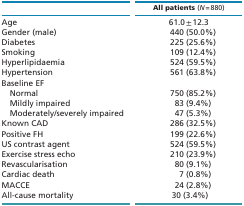
<table><thead><tr><td></td><td><b>All patients (<i>N</i> = 880)</b></td></tr></thead><tbody><tr><td>Age</td><td>61.0 ± 12.3</td></tr><tr><td>Gender (male)</td><td>440 (50.0%)</td></tr><tr><td>Diabetes</td><td>225 (25.6%)</td></tr><tr><td>Smoking</td><td>109 (12.4%)</td></tr><tr><td>Hyperlipidaemia</td><td>524 (59.5%)</td></tr><tr><td>Hypertension</td><td>561 (63.8%)</td></tr><tr><td>Baseline EF</td><td></td></tr><tr><td> Normal</td><td>750 (85.2%)</td></tr><tr><td> Mildly impaired</td><td>83 (9.4%)</td></tr><tr><td> Moderately/severely impaired</td><td>47 (5.3%)</td></tr><tr><td>Known CAD</td><td>286 (32.5%)</td></tr><tr><td>Positive FH</td><td>199 (22.6%)</td></tr><tr><td>US contrast agent</td><td>524 (59.5%)</td></tr><tr><td>Exercise stress echo</td><td>210 (23.9%)</td></tr><tr><td>Revascularisation</td><td>80 (9.1%)</td></tr><tr><td>Cardiac death</td><td>7 (0.8%)</td></tr><tr><td>MACCE</td><td>24 (2.8%)</td></tr><tr><td>All-cause mortality</td><td>30 (3.4%)</td></tr></tbody></table>